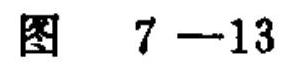
图 \(7 - 13\)